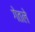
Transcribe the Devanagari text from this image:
गेतले